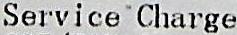
SERVICE CHARGE